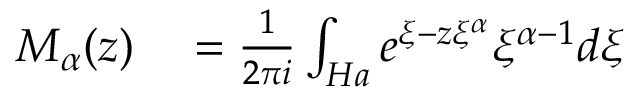
\begin{array} { r l } { M _ { \alpha } ( z ) } & { { } = \frac { 1 } { 2 \pi i } \int _ { H a } e ^ { \xi - z \xi ^ { \alpha } } \xi ^ { \alpha - 1 } { d \xi } } \end{array}